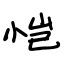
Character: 恺